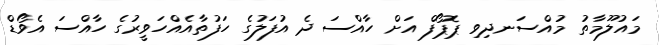
މައުލޫމާތު މުއްސަނދިވި ޕޮޕޯފް އަށް ހާއްސަ ދެ އުފަލުގެ ހަފުތާއެއްހަވީރުގެ ހާއްސަ އެވޯޑް